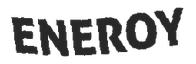
ENEROY